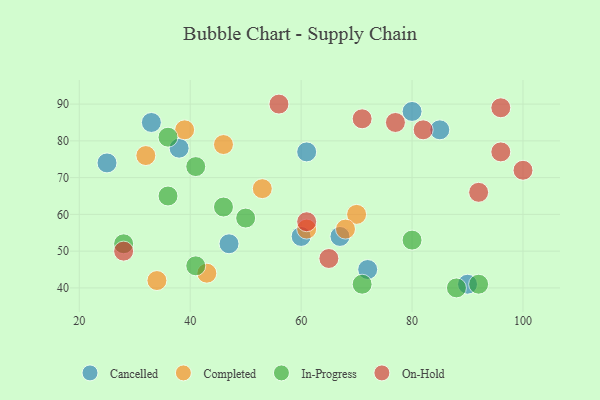
{"axis": {"x": "GDP", "y": "Life Expectancy"}, "legend": ["Cancelled", "Completed", "In-Progress", "On-Hold"], "data": [{"x": "72", "y": 45, "type": "Cancelled"}, {"x": "90", "y": 41, "type": "Cancelled"}, {"x": "25", "y": 74, "type": "Cancelled"}, {"x": "33", "y": 85, "type": "Cancelled"}, {"x": "67", "y": 54, "type": "Cancelled"}, {"x": "85", "y": 83, "type": "Cancelled"}, {"x": "61", "y": 77, "type": "Cancelled"}, {"x": "47", "y": 52, "type": "Cancelled"}, {"x": "38", "y": 78, "type": "Cancelled"}, {"x": "60", "y": 54, "type": "Cancelled"}, {"x": "80", "y": 88, "type": "Cancelled"}, {"x": "32", "y": 76, "type": "Completed"}, {"x": "34", "y": 42, "type": "Completed"}, {"x": "53", "y": 67, "type": "Completed"}, {"x": "43", "y": 44, "type": "Completed"}, {"x": "70", "y": 60, "type": "Completed"}, {"x": "46", "y": 79, "type": "Completed"}, {"x": "68", "y": 56, "type": "Completed"}, {"x": "61", "y": 56, "type": "Completed"}, {"x": "39", "y": 83, "type": "Completed"}, {"x": "92", "y": 41, "type": "In-Progress"}, {"x": "36", "y": 65, "type": "In-Progress"}, {"x": "50", "y": 59, "type": "In-Progress"}, {"x": "41", "y": 73, "type": "In-Progress"}, {"x": "36", "y": 81, "type": "In-Progress"}, {"x": "80", "y": 53, "type": "In-Progress"}, {"x": "88", "y": 40, "type": "In-Progress"}, {"x": "28", "y": 52, "type": "In-Progress"}, {"x": "41", "y": 46, "type": "In-Progress"}, {"x": "46", "y": 62, "type": "In-Progress"}, {"x": "71", "y": 41, "type": "In-Progress"}, {"x": "96", "y": 89, "type": "On-Hold"}, {"x": "82", "y": 83, "type": "On-Hold"}, {"x": "28", "y": 50, "type": "On-Hold"}, {"x": "71", "y": 86, "type": "On-Hold"}, {"x": "61", "y": 58, "type": "On-Hold"}, {"x": "96", "y": 77, "type": "On-Hold"}, {"x": "65", "y": 48, "type": "On-Hold"}, {"x": "56", "y": 90, "type": "On-Hold"}, {"x": "92", "y": 66, "type": "On-Hold"}, {"x": "77", "y": 85, "type": "On-Hold"}, {"x": "100", "y": 72, "type": "On-Hold"}]}